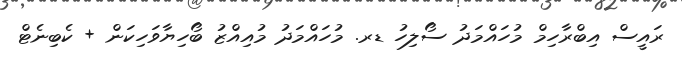
ރައީސް އިބްރާހިމް މުހައްމަދު ސޯލިހު ޑރ. މުހައްމަދު މުއިއްޒު ބޯހިޔާވަހިކަން + ކެބިނެޓް